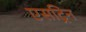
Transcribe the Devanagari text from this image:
एसट्रिन